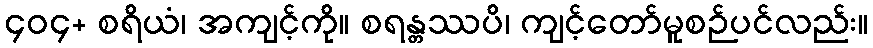
၄၀၄+ စရိယံ၊ အကျင့်ကို။ စရန္တဿပိ၊ ကျင့်တော်မူစဉ်ပင်လည်း။